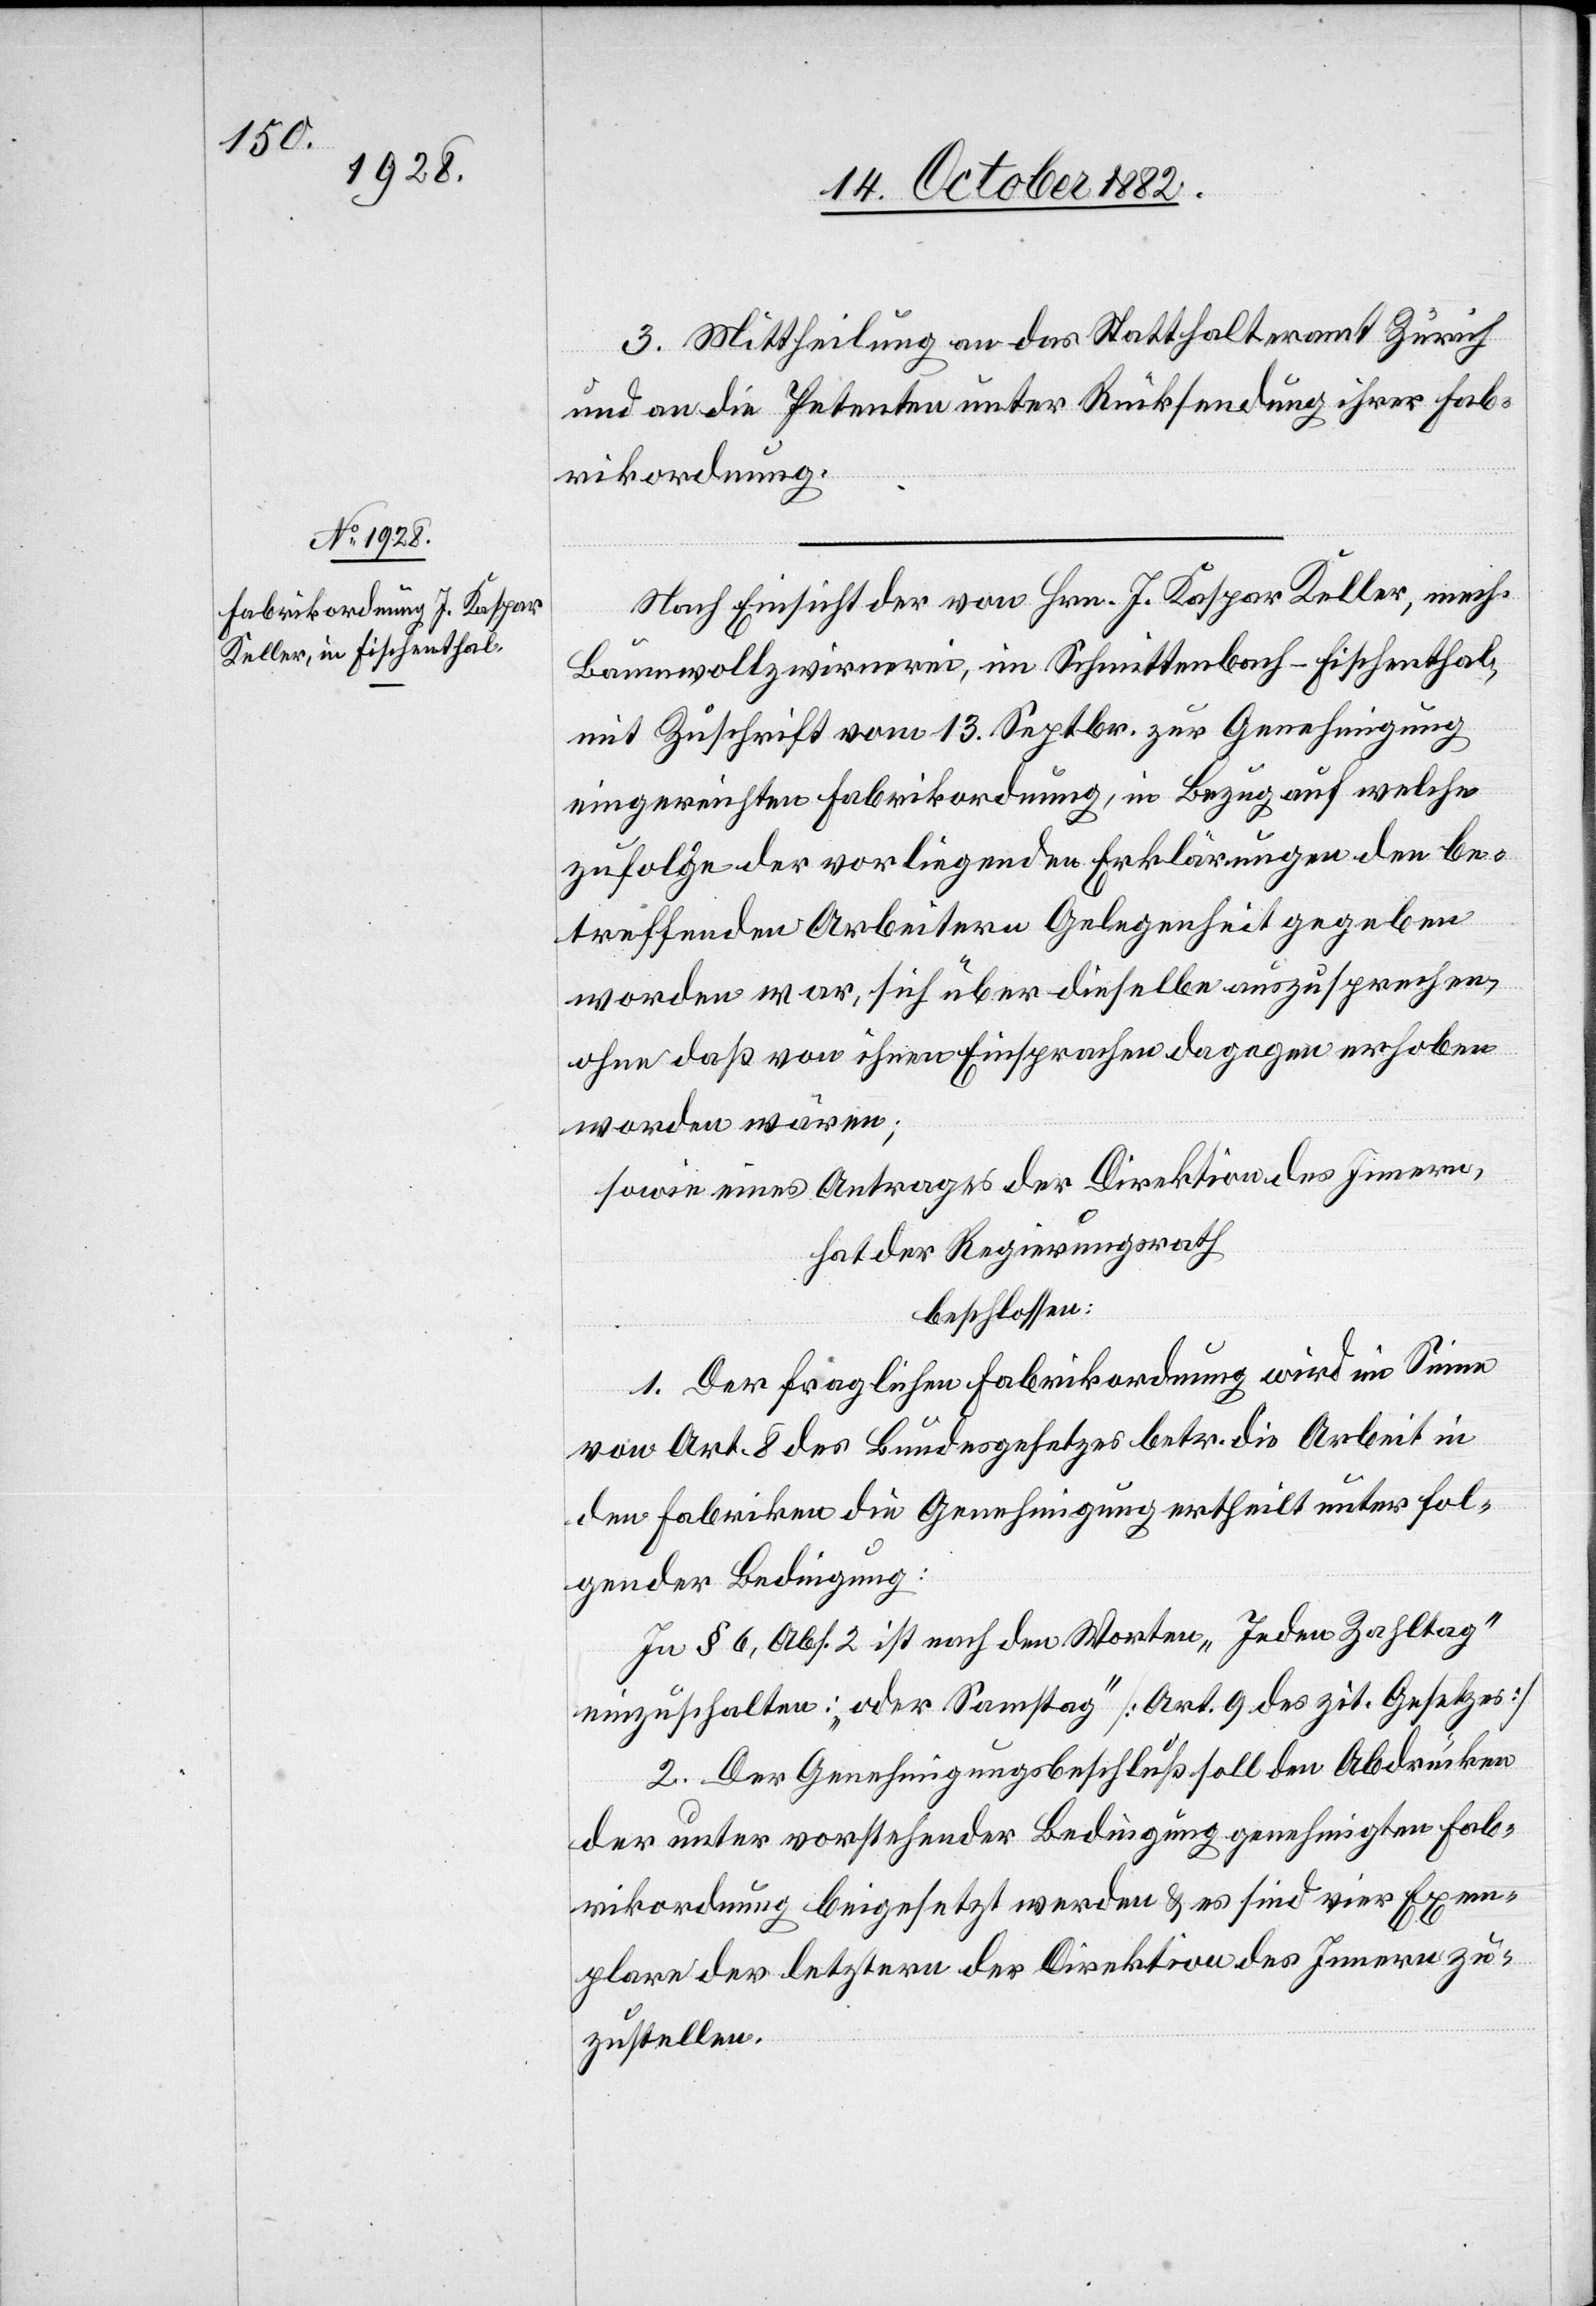
3. Mittheilung an das Statthalteramt Zürich
und an die Petenten unter Rücksendung ihrer Fab¬
rikordnung.
Nach Einsicht der von Hrn. J. Kaspar Keller, mech.
Baumwollzwirnerei, im Schmittenbach - Fischenthal,
mit Zuschrift vom 13. Septbr. zur Genehmigung
eingereichten Fabrikordnung, in Bezug auf welche
zufolge der vorliegenden Erklärungen den be¬
treffenden Arbeitern Gelegenheit gegeben
worden war, sich über dieselbe auszusprechen,
ohne daß von ihnen Einsprachen dagegen erhoben
worden wären;
sowie eines Antrages der Direktion des Innern,
hat der Regierungsrath
beschlossen:
1. Der fraglichen Fabrikordnung wird im Sinne
von Art. 8 des Bundesgesetzes betr. die Arbeit in
den Fabriken die Genehmigung ertheilt unter fol¬
gender Bedingung:
In § 6, Abs. 2 ist nach den Worten „Jeden Zahltag“
einzuschalten: „oder Samstag“ [Art. 9 des zit. Gesetzes][.]
2. Der Genehmigungsbeschluß soll den Abdrücken
der unter vorstehender Bedingung genehmigten Fab¬
rikordnung beigesetzt werden & es sind vier Exem¬
plare der letztern der Direktion des Innern zu¬
zustellen.